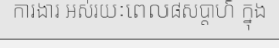
ការងារ អស់រយៈពេល៨សប្តាហ៍ ក្នុង